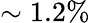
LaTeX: \sim 1.2\%